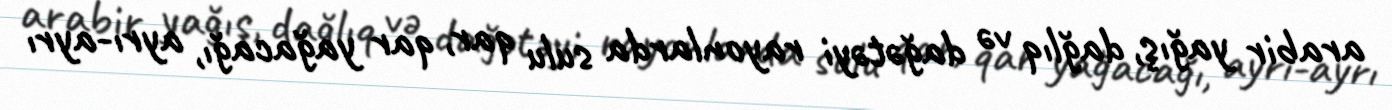
arabir yağış, dağlıq və dağətəyi rayonlarda sulu qar, qar yağacağı, ayrı-ayrı